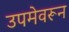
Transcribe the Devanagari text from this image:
उपमेवरून